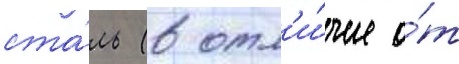
ста́ль (в отл'и́чие о́т